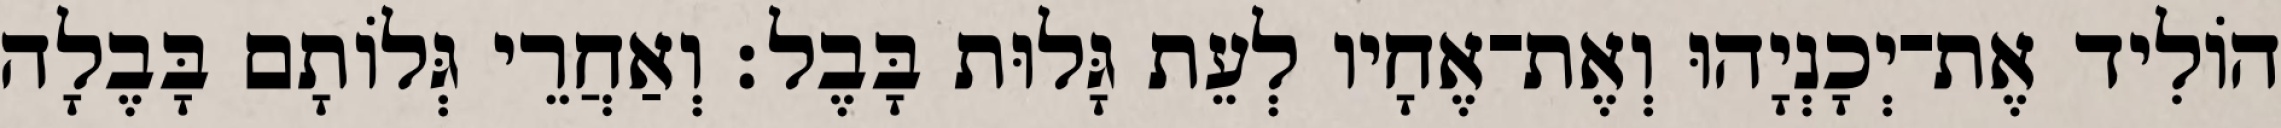
הוֹלִיד אֶת־יְכָנְיָהוּ וְאֶת־אֶחָיו לְעֵת גָּלוּת בָּבֶל׃ וְאַחֲרֵי גְּלוֹתָם בָּבֶלָה